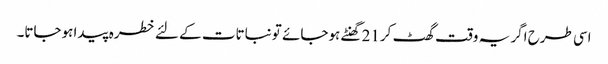
اسی طرح اگر یہ وقت گھٹ کر21 گھنٹے ہوجائے تو نباتات کے لئے خطرہ پیدا ہوجاتا۔